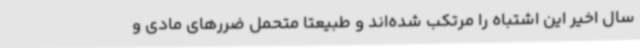
سال اخیر این اشتباه را مرتکب شده‌اند و طبیعتا متحمل ضررهای مادی و